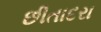
છીતાદરા